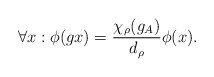
\begin{align*}\forall x: \phi(g x)=\frac{\chi_{\rho}(g_A)}{d_{\rho}}\phi(x).\end{align*}